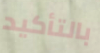
بالتأكيد